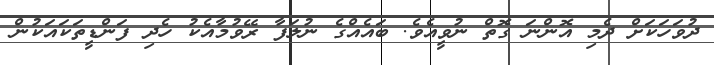
ދުވަހަަކަށް ދެމި އޮންނަ ގޮތް ނުވީއެވެ. ބައެއްގެ ނުލަފާ ރޭވުމާއެކު ހެދި ފަންޑީތަކައަކުން